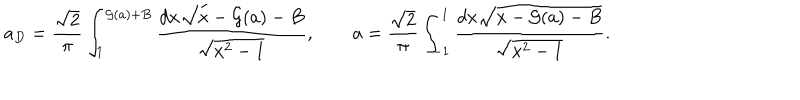
LaTeX: a _ { D } = { \frac { \sqrt 2 } { \pi } } \int _ { 1 } ^ { { \cal G } ( a ) + B } { \frac { d x \sqrt { x - { \cal G } ( a ) - B } } { \sqrt { x ^ { 2 } - 1 } } } , \qquad a = { \frac { \sqrt 2 } { \pi } } \int _ { - 1 } ^ { 1 } { \frac { d x \sqrt { x - { \cal G } ( a ) - B } } { \sqrt { x ^ { 2 } - 1 } } } .